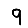
Digit: 9